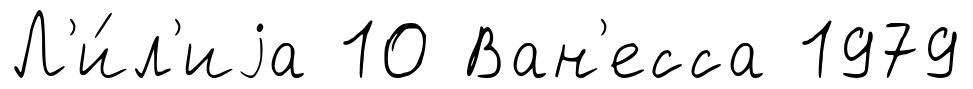
Л'и́л'иjа 10 Ван'есса 1979